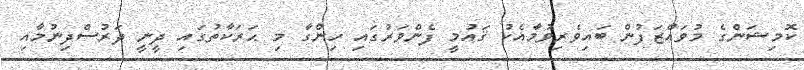
ކޮމިޝަންގެ މުވައްޒަފުން ބައިވެރިވުމާއެކު ޤައުމީ ފެންވަރުގައި ހިންގާ މި ޙަރަކާތުގައި ދީނީ ދަރުސްދިނުމާއި